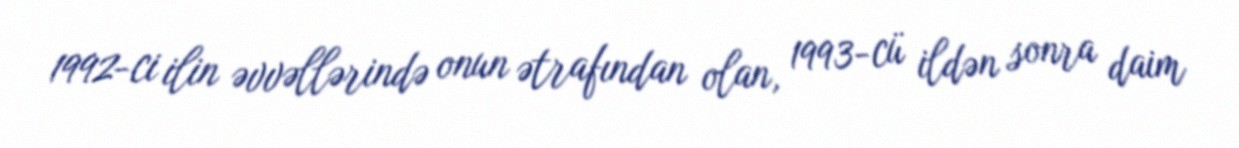
1992-ci ilin əvvəllərində onun ətrafından olan, 1993-cü ildən sonra daim